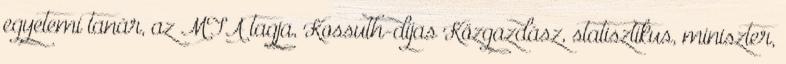
egyetemi tanár, az MTA tagja, Kossuth-díjas Közgazdász, statisztikus, miniszter,